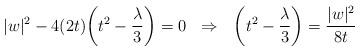
LaTeX: \begin{align*}|w|^2-4(2t)\bigg(t^2-\frac{\lambda}{3}\bigg)=0~~\Rightarrow~~\bigg(t^2-\frac{\lambda}{3}\bigg)=\frac{|w|^2}{8t}\end{align*}